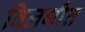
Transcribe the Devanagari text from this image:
विलगीत